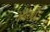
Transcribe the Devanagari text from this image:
जाँगीड़